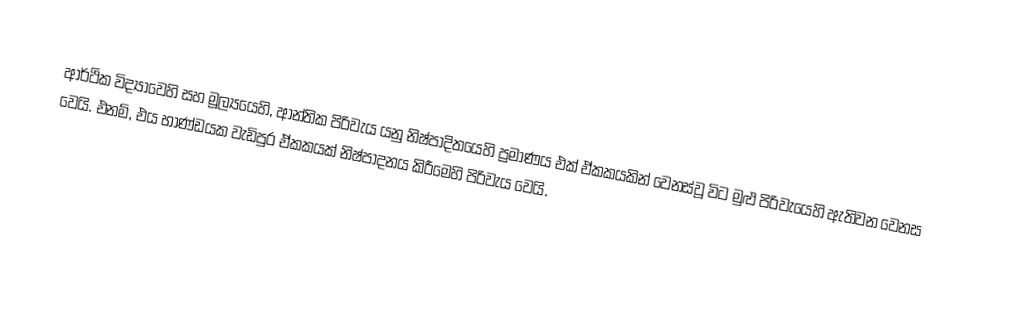
ආර්ථික විද්‍යාවෙහි සහ මූල්‍යයෙහි, ආන්තික පිරිවැය  යනු නිෂ්පාදිතයෙහි ප්‍රමාණය එක් ඒකකයකින් වෙනස්වූ විට මුළු පිරිවැයෙහි ඇතිවන වෙනස වෙයි. එනම්, එය භාණ්ඩයක වැඩිපුර ඒකකයක් නිෂ්පාදනය කිරීමෙහි පිරිවැය වෙයි.